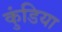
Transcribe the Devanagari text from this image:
कुंडिया